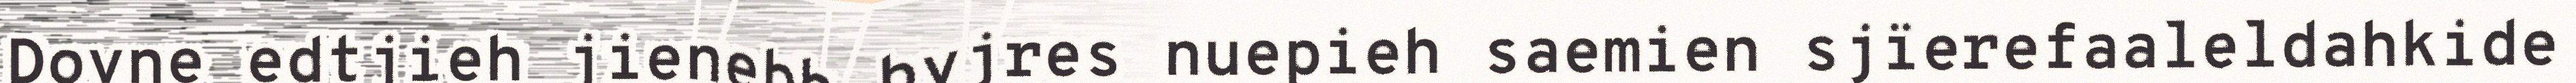
Dovne edtjieh jienebh byjres nuepieh saemien sjïerefaaleldahkide